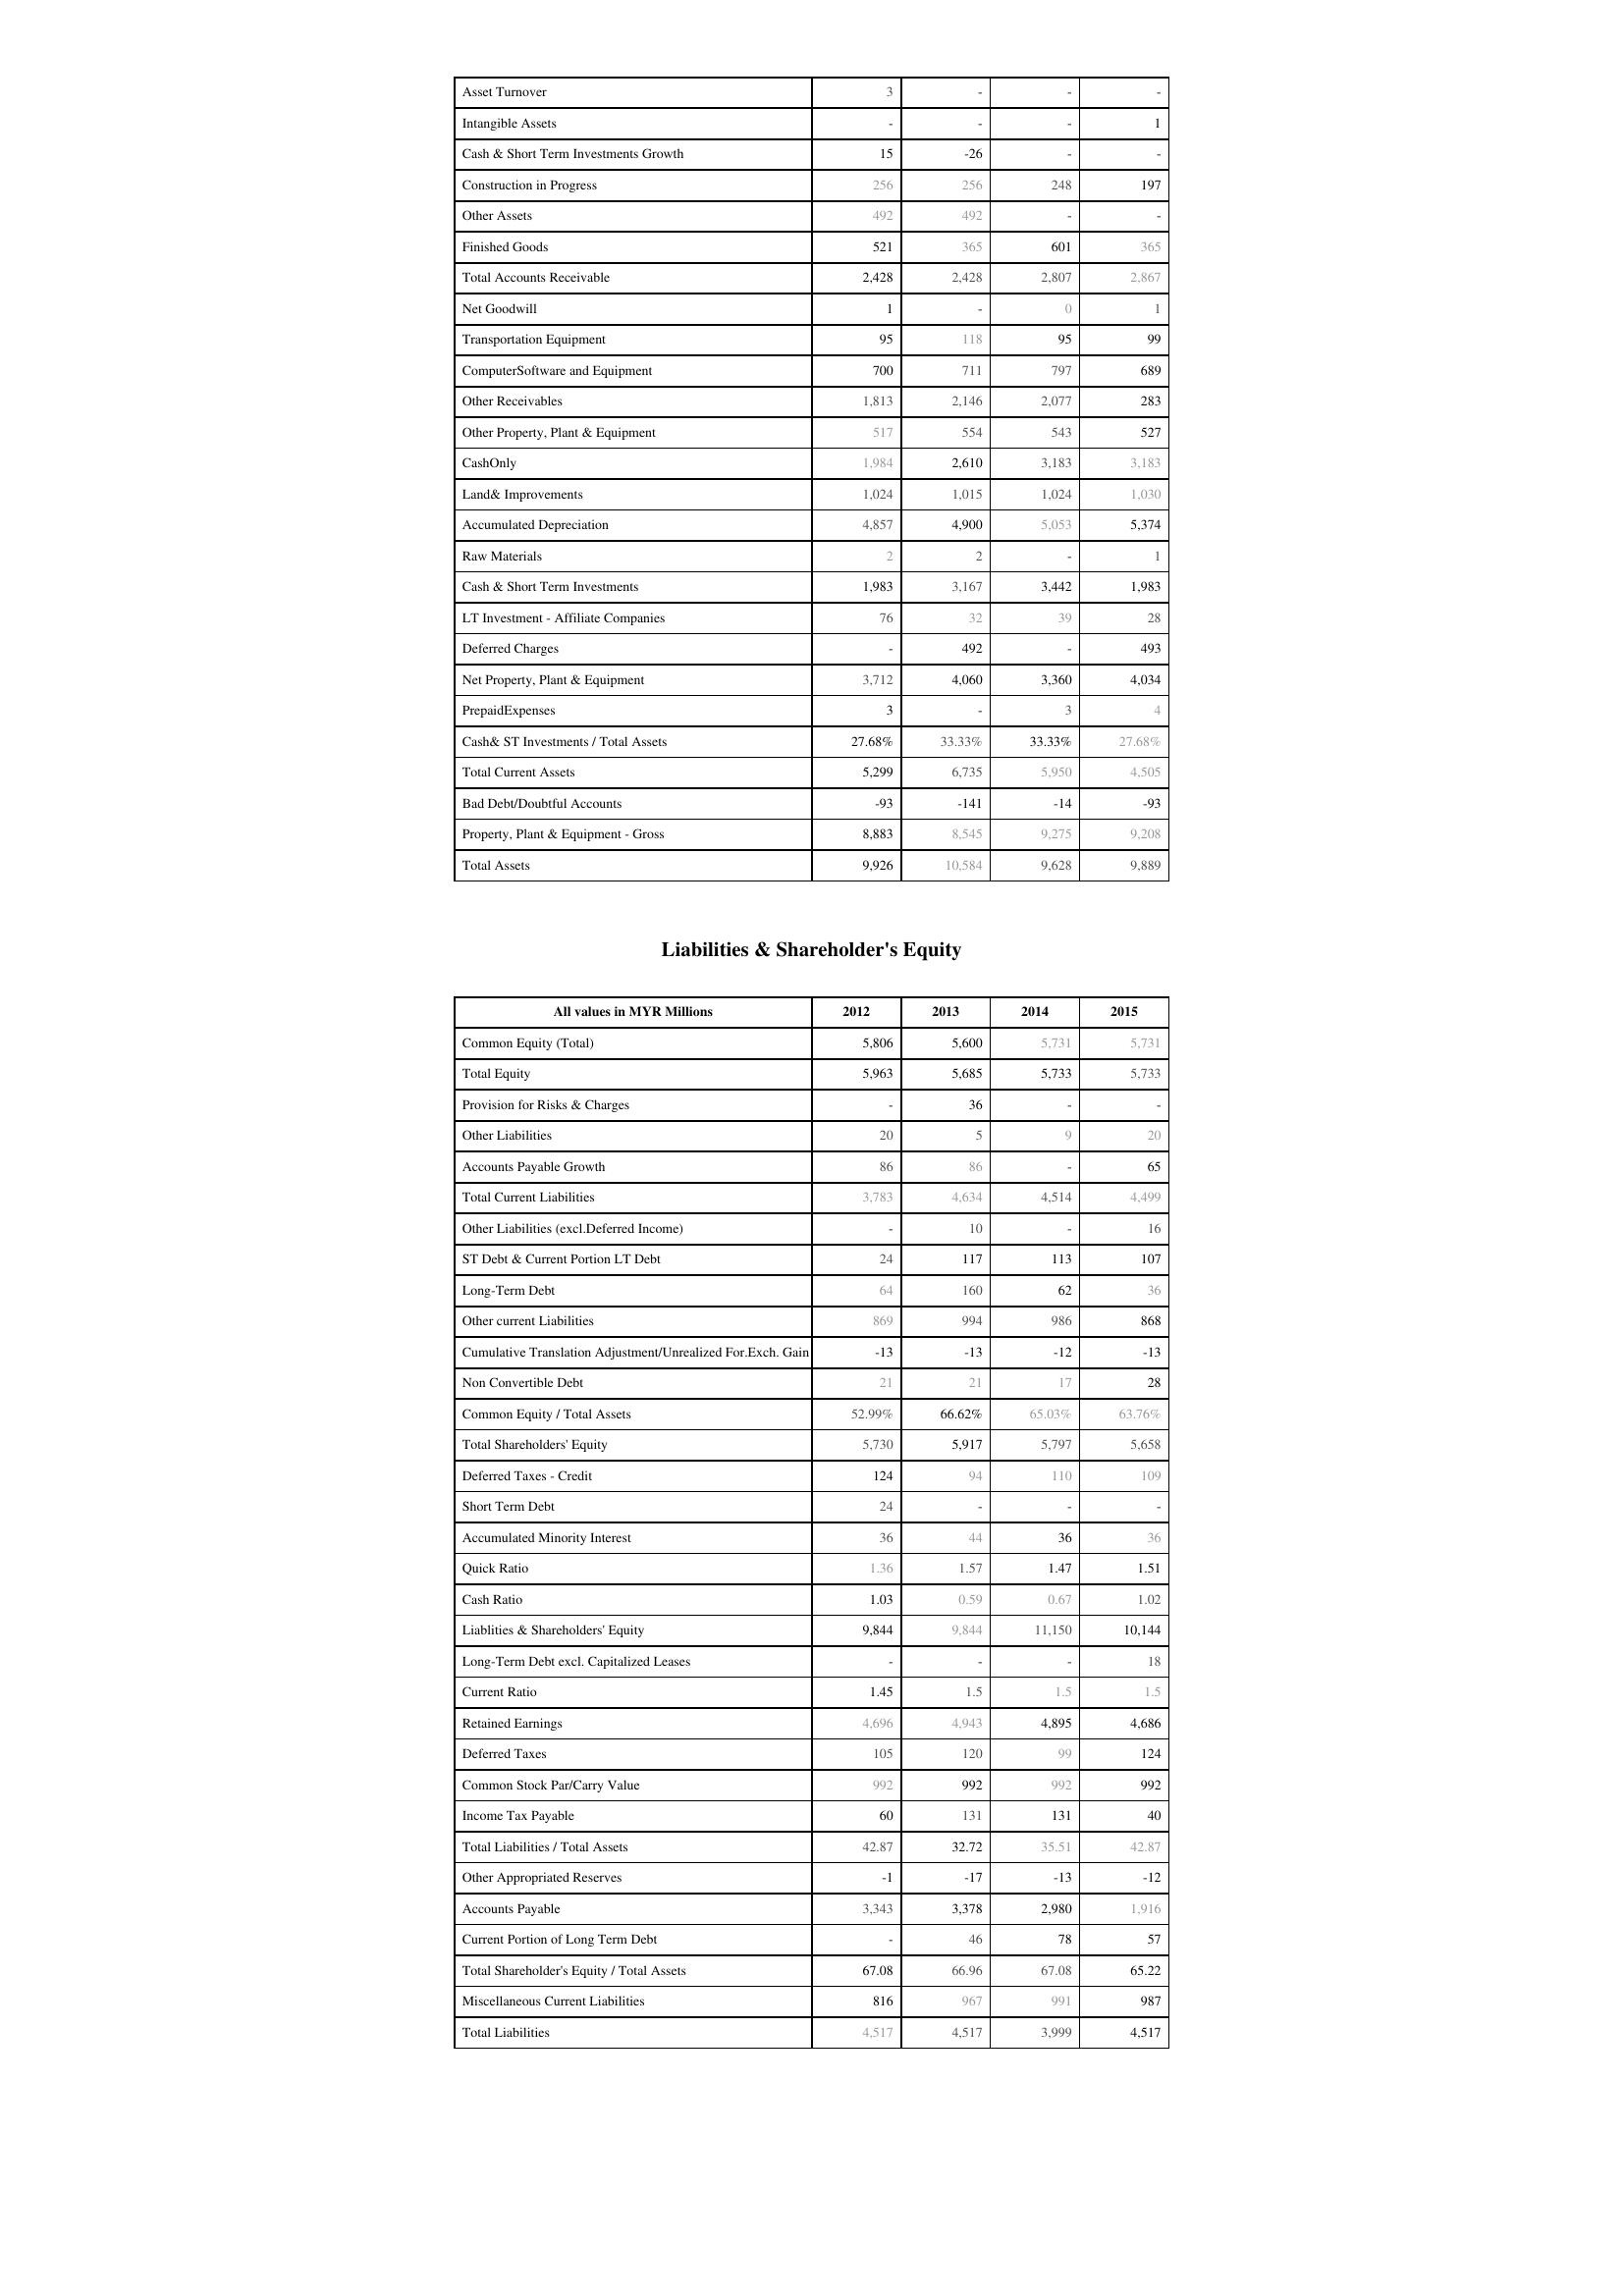
2012: Assets: Asset Turnover: 3
Intangible Assets: -
Cash & Short Term Investments Growth: 15
Construction in Progress: 256
Other Assets: 492
Finished Goods: 521
Total Accounts Receivable: 2,428
Net Goodwill: 1
Transportation Equipment: 95
ComputerSoftware and Equipment: 700
Other Receivables: 1,813
Other Property, Plant & Equipment: 517
CashOnly: 1,984
Land& Improvements: 1,024
Accumulated Depreciation: 4,857
Raw Materials: 2
Cash & Short Term Investments: 1,983
LT Investment - Affiliate Companies: 76
Deferred Charges: -
Net Property, Plant & Equipment: 3,712
PrepaidExpenses: 3
Cash& ST Investments / Total Assets: 27.68%
Total Current Assets: 5,299
Bad Debt/Doubtful Accounts: -93
Property, Plant & Equipment - Gross : 8,883
Total Assets: 9,926
Liabilities & Shareholder's Equity: Common Equity (Total): 5,806
Total Equity: 5,963
Provision for Risks & Charges: -
Other Liabilities: 20
Accounts Payable Growth: 86
Total Current Liabilities: 3,783
Other Liabilities (excl.Deferred Income): -
ST Debt & Current Portion LT Debt: 24
Long-Term Debt: 64
Other current Liabilities: 869
Cumulative Translation Adjustment/Unrealized For.Exch. Gain: -13
Non Convertible Debt: 21
Common Equity / Total Assets: 52.99%
Total Shareholders' Equity: 5,730
Deferred Taxes - Credit: 124
Short Term Debt: 24
Accumulated Minority Interest: 36
Quick Ratio: 1.36
Cash Ratio: 1.03
Liablities & Shareholders' Equity: 9,844
Long-Term Debt excl. Capitalized Leases: -
Current Ratio: 1.45
Retained Earnings: 4,696
Deferred Taxes: 105
Common Stock Par/Carry Value: 992
Income Tax Payable: 60
Total Liabilities / Total Assets: 42.87
Other Appropriated Reserves: -1
Accounts Payable: 3,343
Current Portion of Long Term Debt: -
Total Shareholder's Equity / Total Assets: 67.08
Miscellaneous Current Liabilities: 816
Total Liabilities: 4,517
2013: Assets: Asset Turnover: -
Intangible Assets: -
Cash & Short Term Investments Growth: -26
Construction in Progress: 256
Other Assets: 492
Finished Goods: 365
Total Accounts Receivable: 2,428
Net Goodwill: -
Transportation Equipment: 118
ComputerSoftware and Equipment: 711
Other Receivables: 2,146
Other Property, Plant & Equipment: 554
CashOnly: 2,610
Land& Improvements: 1,015
Accumulated Depreciation: 4,900
Raw Materials: 2
Cash & Short Term Investments: 3,167
LT Investment - Affiliate Companies: 32
Deferred Charges: 492
Net Property, Plant & Equipment: 4,060
PrepaidExpenses: -
Cash& ST Investments / Total Assets: 33.33%
Total Current Assets: 6,735
Bad Debt/Doubtful Accounts: -141
Property, Plant & Equipment - Gross : 8,545
Total Assets: 10,584
Liabilities & Shareholder's Equity: Common Equity (Total): 5,600
Total Equity: 5,685
Provision for Risks & Charges: 36
Other Liabilities: 5
Accounts Payable Growth: 86
Total Current Liabilities: 4,634
Other Liabilities (excl.Deferred Income): 10
ST Debt & Current Portion LT Debt: 117
Long-Term Debt: 160
Other current Liabilities: 994
Cumulative Translation Adjustment/Unrealized For.Exch. Gain: -13
Non Convertible Debt: 21
Common Equity / Total Assets: 66.62%
Total Shareholders' Equity: 5,917
Deferred Taxes - Credit: 94
Short Term Debt: -
Accumulated Minority Interest: 44
Quick Ratio: 1.57
Cash Ratio: 0.59
Liablities & Shareholders' Equity: 9,844
Long-Term Debt excl. Capitalized Leases: -
Current Ratio: 1.5
Retained Earnings: 4,943
Deferred Taxes: 120
Common Stock Par/Carry Value: 992
Income Tax Payable: 131
Total Liabilities / Total Assets: 32.72
Other Appropriated Reserves: -17
Accounts Payable: 3,378
Current Portion of Long Term Debt: 46
Total Shareholder's Equity / Total Assets: 66.96
Miscellaneous Current Liabilities: 967
Total Liabilities: 4,517
2014: Assets: Asset Turnover: -
Intangible Assets: -
Cash & Short Term Investments Growth: -
Construction in Progress: 248
Other Assets: -
Finished Goods: 601
Total Accounts Receivable: 2,807
Net Goodwill: 0
Transportation Equipment: 95
ComputerSoftware and Equipment: 797
Other Receivables: 2,077
Other Property, Plant & Equipment: 543
CashOnly: 3,183
Land& Improvements: 1,024
Accumulated Depreciation: 5,053
Raw Materials: -
Cash & Short Term Investments: 3,442
LT Investment - Affiliate Companies: 39
Deferred Charges: -
Net Property, Plant & Equipment: 3,360
PrepaidExpenses: 3
Cash& ST Investments / Total Assets: 33.33%
Total Current Assets: 5,950
Bad Debt/Doubtful Accounts: -14
Property, Plant & Equipment - Gross : 9,275
Total Assets: 9,628
Liabilities & Shareholder's Equity: Common Equity (Total): 5,731
Total Equity: 5,733
Provision for Risks & Charges: -
Other Liabilities: 9
Accounts Payable Growth: -
Total Current Liabilities: 4,514
Other Liabilities (excl.Deferred Income): -
ST Debt & Current Portion LT Debt: 113
Long-Term Debt: 62
Other current Liabilities: 986
Cumulative Translation Adjustment/Unrealized For.Exch. Gain: -12
Non Convertible Debt: 17
Common Equity / Total Assets: 65.03%
Total Shareholders' Equity: 5,797
Deferred Taxes - Credit: 110
Short Term Debt: -
Accumulated Minority Interest: 36
Quick Ratio: 1.47
Cash Ratio: 0.67
Liablities & Shareholders' Equity: 11,150
Long-Term Debt excl. Capitalized Leases: -
Current Ratio: 1.5
Retained Earnings: 4,895
Deferred Taxes: 99
Common Stock Par/Carry Value: 992
Income Tax Payable: 131
Total Liabilities / Total Assets: 35.51
Other Appropriated Reserves: -13
Accounts Payable: 2,980
Current Portion of Long Term Debt: 78
Total Shareholder's Equity / Total Assets: 67.08
Miscellaneous Current Liabilities: 991
Total Liabilities: 3,999
2015: Assets: Asset Turnover: -
Intangible Assets: 1
Cash & Short Term Investments Growth: -
Construction in Progress: 197
Other Assets: -
Finished Goods: 365
Total Accounts Receivable: 2,867
Net Goodwill: 1
Transportation Equipment: 99
ComputerSoftware and Equipment: 689
Other Receivables: 283
Other Property, Plant & Equipment: 527
CashOnly: 3,183
Land& Improvements: 1,030
Accumulated Depreciation: 5,374
Raw Materials: 1
Cash & Short Term Investments: 1,983
LT Investment - Affiliate Companies: 28
Deferred Charges: 493
Net Property, Plant & Equipment: 4,034
PrepaidExpenses: 4
Cash& ST Investments / Total Assets: 27.68%
Total Current Assets: 4,505
Bad Debt/Doubtful Accounts: -93
Property, Plant & Equipment - Gross : 9,208
Total Assets: 9,889
Liabilities & Shareholder's Equity: Common Equity (Total): 5,731
Total Equity: 5,733
Provision for Risks & Charges: -
Other Liabilities: 20
Accounts Payable Growth: 65
Total Current Liabilities: 4,499
Other Liabilities (excl.Deferred Income): 16
ST Debt & Current Portion LT Debt: 107
Long-Term Debt: 36
Other current Liabilities: 868
Cumulative Translation Adjustment/Unrealized For.Exch. Gain: -13
Non Convertible Debt: 28
Common Equity / Total Assets: 63.76%
Total Shareholders' Equity: 5,658
Deferred Taxes - Credit: 109
Short Term Debt: -
Accumulated Minority Interest: 36
Quick Ratio: 1.51
Cash Ratio: 1.02
Liablities & Shareholders' Equity: 10,144
Long-Term Debt excl. Capitalized Leases: 18
Current Ratio: 1.5
Retained Earnings: 4,686
Deferred Taxes: 124
Common Stock Par/Carry Value: 992
Income Tax Payable: 40
Total Liabilities / Total Assets: 42.87
Other Appropriated Reserves: -12
Accounts Payable: 1,916
Current Portion of Long Term Debt: 57
Total Shareholder's Equity / Total Assets: 65.22
Miscellaneous Current Liabilities: 987
Total Liabilities: 4,517